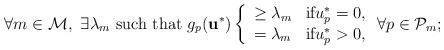
LaTeX: \begin{align*} \forall m \in \mathcal{M}, \ \exists \lambda_{m} \ \mbox{such that}\ g_{p}(\mathbf{u}^{*}) \left\{\begin{array}{ll}\geq \lambda_{m} & \mbox{if} u^{*}_{p} = 0, \\=\lambda_{m} & \mbox{if} u^{*}_{p} >0,\end{array}\right. \forall p \in \mathcal{P}_{m};\end{align*}